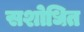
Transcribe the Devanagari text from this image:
सशोधित